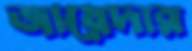
জায়েদার